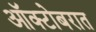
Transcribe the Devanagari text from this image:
ऑक्टोबरात